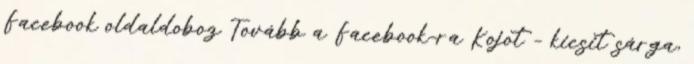
Facebook oldaldoboz Tovább a Facebook-ra Kojot – kicsit sárga,